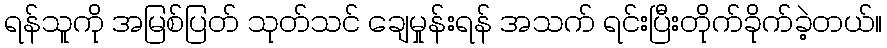
ရန်သူကို အမြစ်ပြတ် သုတ်သင် ချေမှုန်းရန် အသက် ရင်းပြီးတိုက်ခိုက်ခဲ့တယ်။